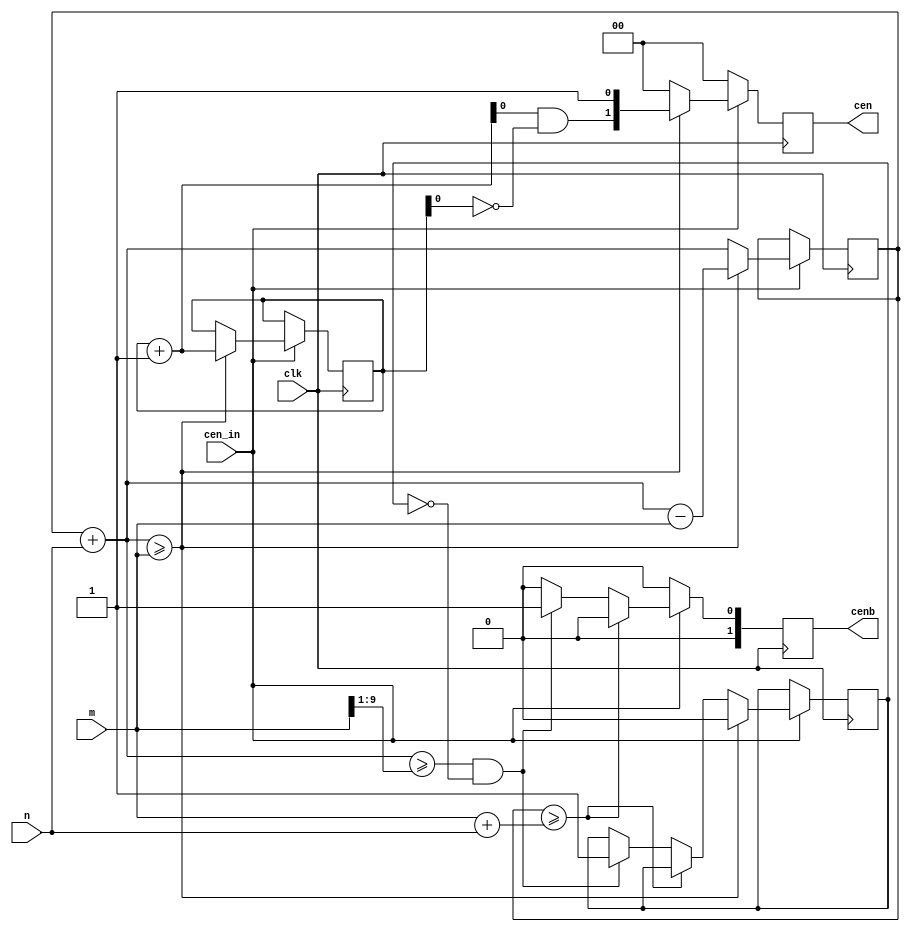
///////////////////////////////////////////////////////////////////////////
// Fractional clock enable signal
// W refers to the number of divided down cen signals available
// each one is divided by 2

module jtframe_frac_cen #(parameter W=2)(
    input         clk,
    input         cen_in,

    input   [9:0] n,         // numerator
    input   [9:0] m,         // denominator
    output reg [W-1:0] cen,
    output reg [W-1:0] cenb // 180 shifted
);

wire [10:0] step={1'b0,n};
wire [10:0] lim ={1'b0,m};
wire [10:0] absmax = lim+step;

reg  [10:0] cencnt=11'd0;
reg  [10:0] next;
reg  [10:0] next2;

always @(*) begin
    next  = cencnt+step;
    next2 = next-lim;
end

reg  half    = 1'b0;
wire over    = next>=lim;
wire halfway = next >= (lim>>1)  && !half;

reg  [W-1:0] edgecnt = {W{1'b0}};
wire [W-1:0] next_edgecnt = edgecnt + 1'b1;
wire [W-1:0] toggle = next_edgecnt & ~edgecnt;

always @(posedge clk) begin
    cen  <= {W{1'b0}};
    cenb <= {W{1'b0}};

    if (cen_in) begin
        if( cencnt >= absmax ) begin
            // something went wrong: restart
            cencnt <= 11'd0;
        end else
        if( halfway ) begin
            half <= 1'b1;
            cenb[0] <= 1'b1;
        end
        if( over ) begin
            cencnt <= next2;
            half <= 1'b0;
            edgecnt <= next_edgecnt;
            cen <= { toggle[W-2:0], 1'b1 };
        end else begin
            cencnt <= next;
        end
    end
end


endmodule